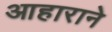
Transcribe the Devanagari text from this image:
आहाराने